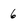
Character: 6